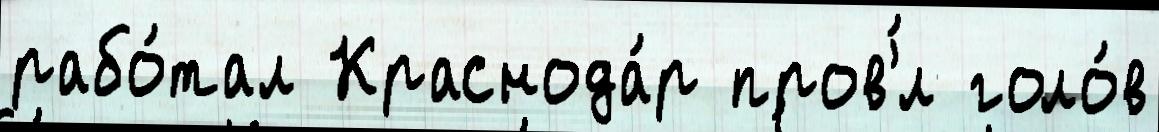
рабо́тал Краснода́р пров'́л голо́в